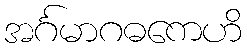
အင်္ဂမာဂဓကေဟိ